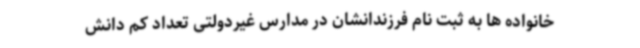
خانواده ها به ثبت نام فرزندانشان در مدارس غیردولتی تعداد کم دانش